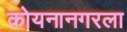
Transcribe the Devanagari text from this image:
कोयनानगरला